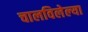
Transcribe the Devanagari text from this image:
चालविलेल्‍या